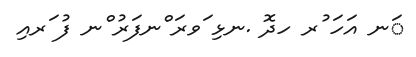
ަނ އަހަ ުރ ހދޮ .ނޅި ަވރަ ްނފަރު ްނ ފު ަރއި